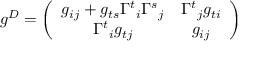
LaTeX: g ^ { D } = \left( \begin{array} { c c } { { g _ { i j } + g _ { t s } { \Gamma ^ { t } } _ { i } { \Gamma ^ { s } } _ { j } } } & { { { \Gamma ^ { t } } _ { j } g _ { t i } } } \\ { { { \Gamma ^ { t } } _ { i } g _ { t j } } } & { { g _ { i j } } } \end{array} \right)